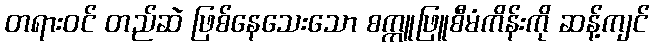
တရားဝင် တည်ဆဲ ဖြစ်နေသေးသော စက္ကူဖြူစီမံကိန်းကို ဆန့်ကျင်